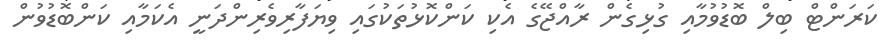
ކަރަންޓް ބިލް ބޮޑުވުމާއި ގުޅިގެން ރާއްޖޭގެ އެކި ކަންކޮޅުތަކުގައި ވިޔަފާރިވެރިންދަނީ އެކަމާއި ކަންބޮޑުވުން